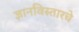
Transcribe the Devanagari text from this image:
ज्ञानविस्तारचे